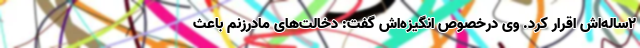
۲ساله‌اش اقرار کرد. وی درخصوص انگیزه‌اش گفت: دخالت‌های مادرزنم باعث